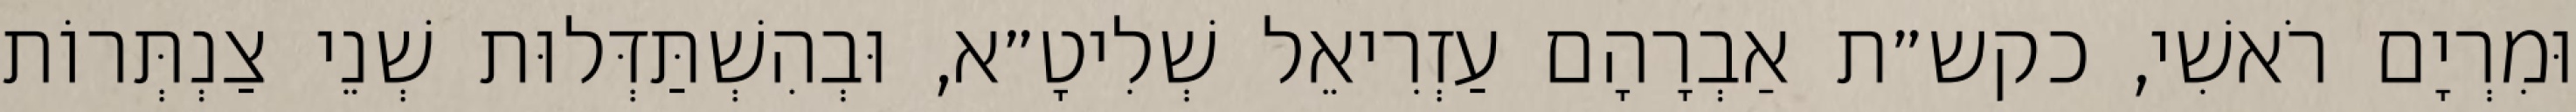
וּמִרְיָם רֹאשִׁי, כקש״ת אַבְרָהָם עַזְרִיאֵל שְׁלִיטָ״א, וּבְהִשְׁתַּדְּלוּת שְׁנֵי צַנְתְּרוֹת